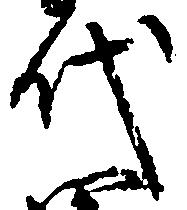
代